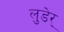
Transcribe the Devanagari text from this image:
लुडेर्